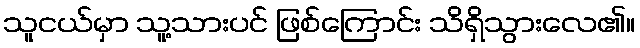
သူငယ်မှာ သူ့သားပင် ဖြစ်ကြောင်း သိရှိသွားလေ၏။